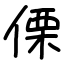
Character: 傈